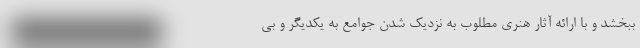
ببخشد و با ارائه آثار هنری مطلوب به نزدیک شدن جوامع به یکدیگر و بی